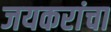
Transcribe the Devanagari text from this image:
जयकरांचा